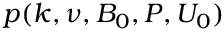
p ( k , \nu , B _ { 0 } , P , U _ { 0 } )